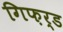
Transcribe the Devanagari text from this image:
गिफ़र्ड